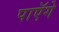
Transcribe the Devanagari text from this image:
पाएॅगे